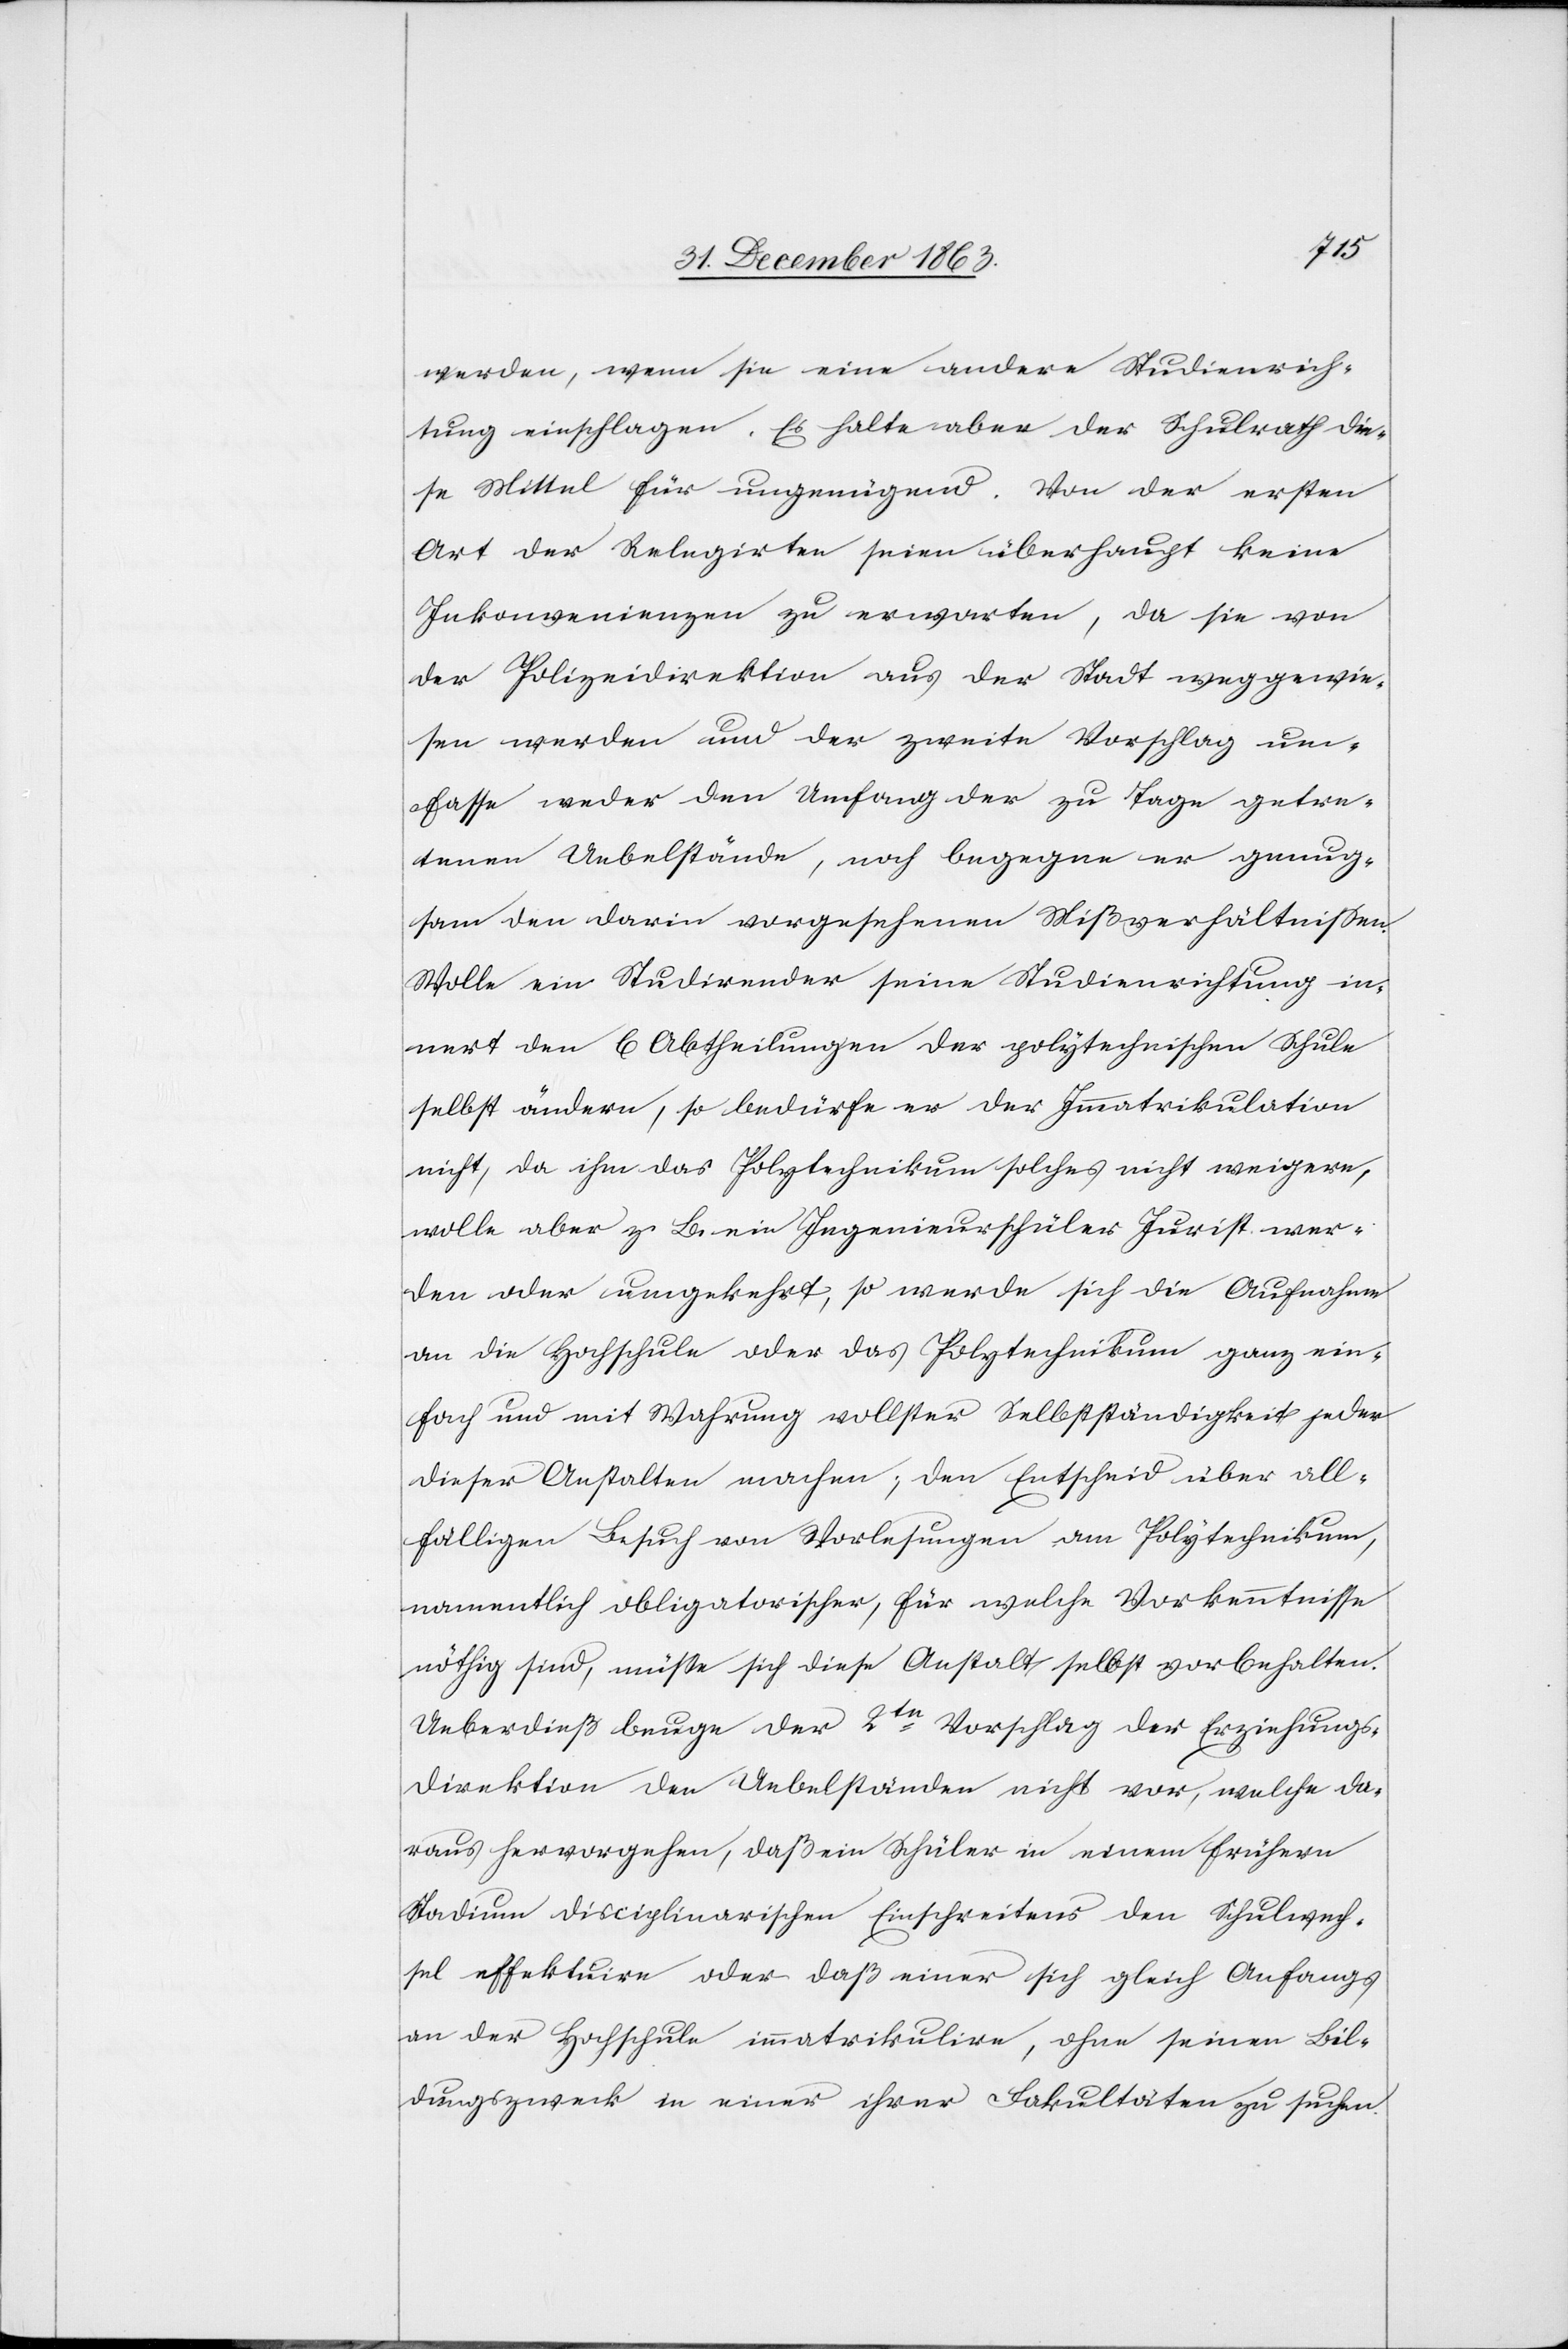
werden, wenn sie eine andere Studienrich¬
tung einschlagen. Es halte aber der Schulrath die¬
se Mittel für ungenügend. Von der ersten
Art dieser Relegirten seien überhaupt keine
Inkonvenienzen zu erwarten, da sie von
der Polizeidirektion aus der Stadt weggewie¬
sen werden und der zweite Vorschlag um¬
fasse weder den Umfang der zu Tage getre¬
tenen Uebelstände, noch begegne er genug¬
sam den darin vorgesehenen Mißverhältnissen.
Wolle ein Studirender seine Studienrichtung in¬
nert den 6 Abtheilungen der polytechnischen Schule
selbst ändern, so bedürfe es der Immatrikulation
nicht, da ihm das Polytechnikum solches nicht weigere,
wolle aber z. B. ein Ingenieurschüler Jurist wer¬
den oder umgekehrt, so werde sich die Aufnahme
an die Hochschule oder das Polytechnikum ganz ein¬
fach und mit Wahrung vollster Selbstständigkeit jeder
dieser Anstalten machen; den Entscheid über all¬
fälligen Besuch von Vorlesungen am Polytechnikum,
namentlich obligatorischer, für welche Vorkenntnisse
nöthig sind, müsse sich diese Anstalt selbst vorbehalten.
Ueberdieß beuge der 2te Vorschlag der Erziehungs¬
direktion den Uebelständen nicht vor, welche da¬
raus hervorgehen, daß ein Schüler in einem frühern
Stadium disciplinarischen Einschreitens den Schulwech¬
sel effektuire oder daß einer sich gleich Anfangs
an der Hochschule immatrikulire, ohne seinen Bil¬
dungszweck in einer ihrer Fakultäten zu suchen.